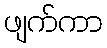
ဖျက်ကာ